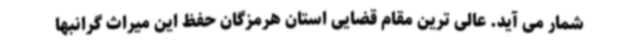
شمار می آید. عالی ترین مقام قضایی استان هرمزگان حفظ این میراث گرانبها